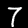
Label: 7